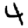
Digit: 4